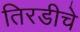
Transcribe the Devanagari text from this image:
तिरडीचे